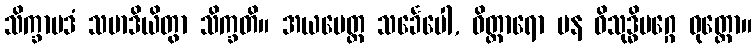
သိက္ခာပဒံ သမာဒိယိတွာ သိက္ခတိ။ အယမေတ္ထ သင်္ခေပေါ, ဝိတ္ထာရော ပန ဝိသုဒ္ဓိမဂ္ဂေ ဝုတ္တော။